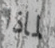
لماذا